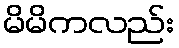
မိမိကလည်း